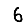
Digit: 6